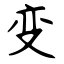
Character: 变